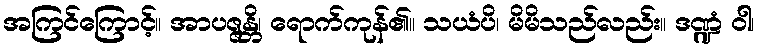
အကြင်ကြောင့်။ အာပဇ္ဇန္တိ၊ ရောက်ကုန်၏။ သယံပိ၊ မိမိသည်လည်း။ ဒဏ္ဍံ ဝါ၊